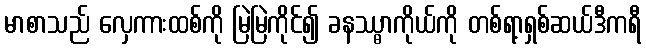
မာစာသည် လှေကားထစ်ကို မြဲမြဲကိုင်၍ ခနဿ္ဓာကိုယ်ကို တစ်ရာ့ရှစ်ဆယ်ဒီကရီ